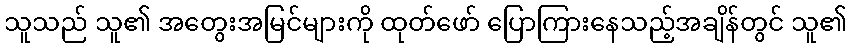
သူသည် သူ၏ အတွေးအမြင်များကို ထုတ်ဖော် ပြောကြားနေသည့်အချိန်တွင် သူ၏